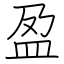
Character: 盈